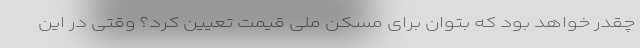
چقدر خواهد بود که بتوان برای مسکن ملی قیمت تعیین کرد؟ وقتی در این